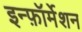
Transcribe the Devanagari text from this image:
इन्फ़ॉर्मेशन